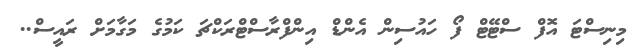
މިނިސްޓަ އޮފް ސްޓޭޓް ފޯ ހައުސިން އެންޑް އިންފްރާސްޓްރަކްޗަ ކަމުގެ މަގާމަށް ރައީސް..